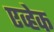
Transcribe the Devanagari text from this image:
एव्हेक